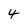
Character: 4